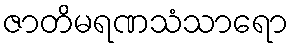
ဇာတိမရဏသံသာရော